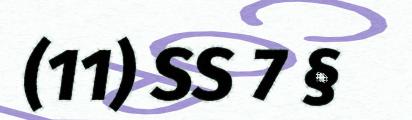
(11) SS 7 §